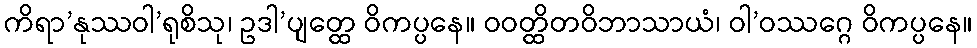
ကိရာ’နုဿဝါ’ရုစိသု၊ ဥဒါ’ပျတ္ထေ ဝိကပ္ပနေ။ ဝဝတ္ထိတဝိဘာသာယံ၊ ဝါ’ဝဿဂ္ဂေ ဝိကပ္ပနေ။